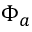
\Phi _ { a }